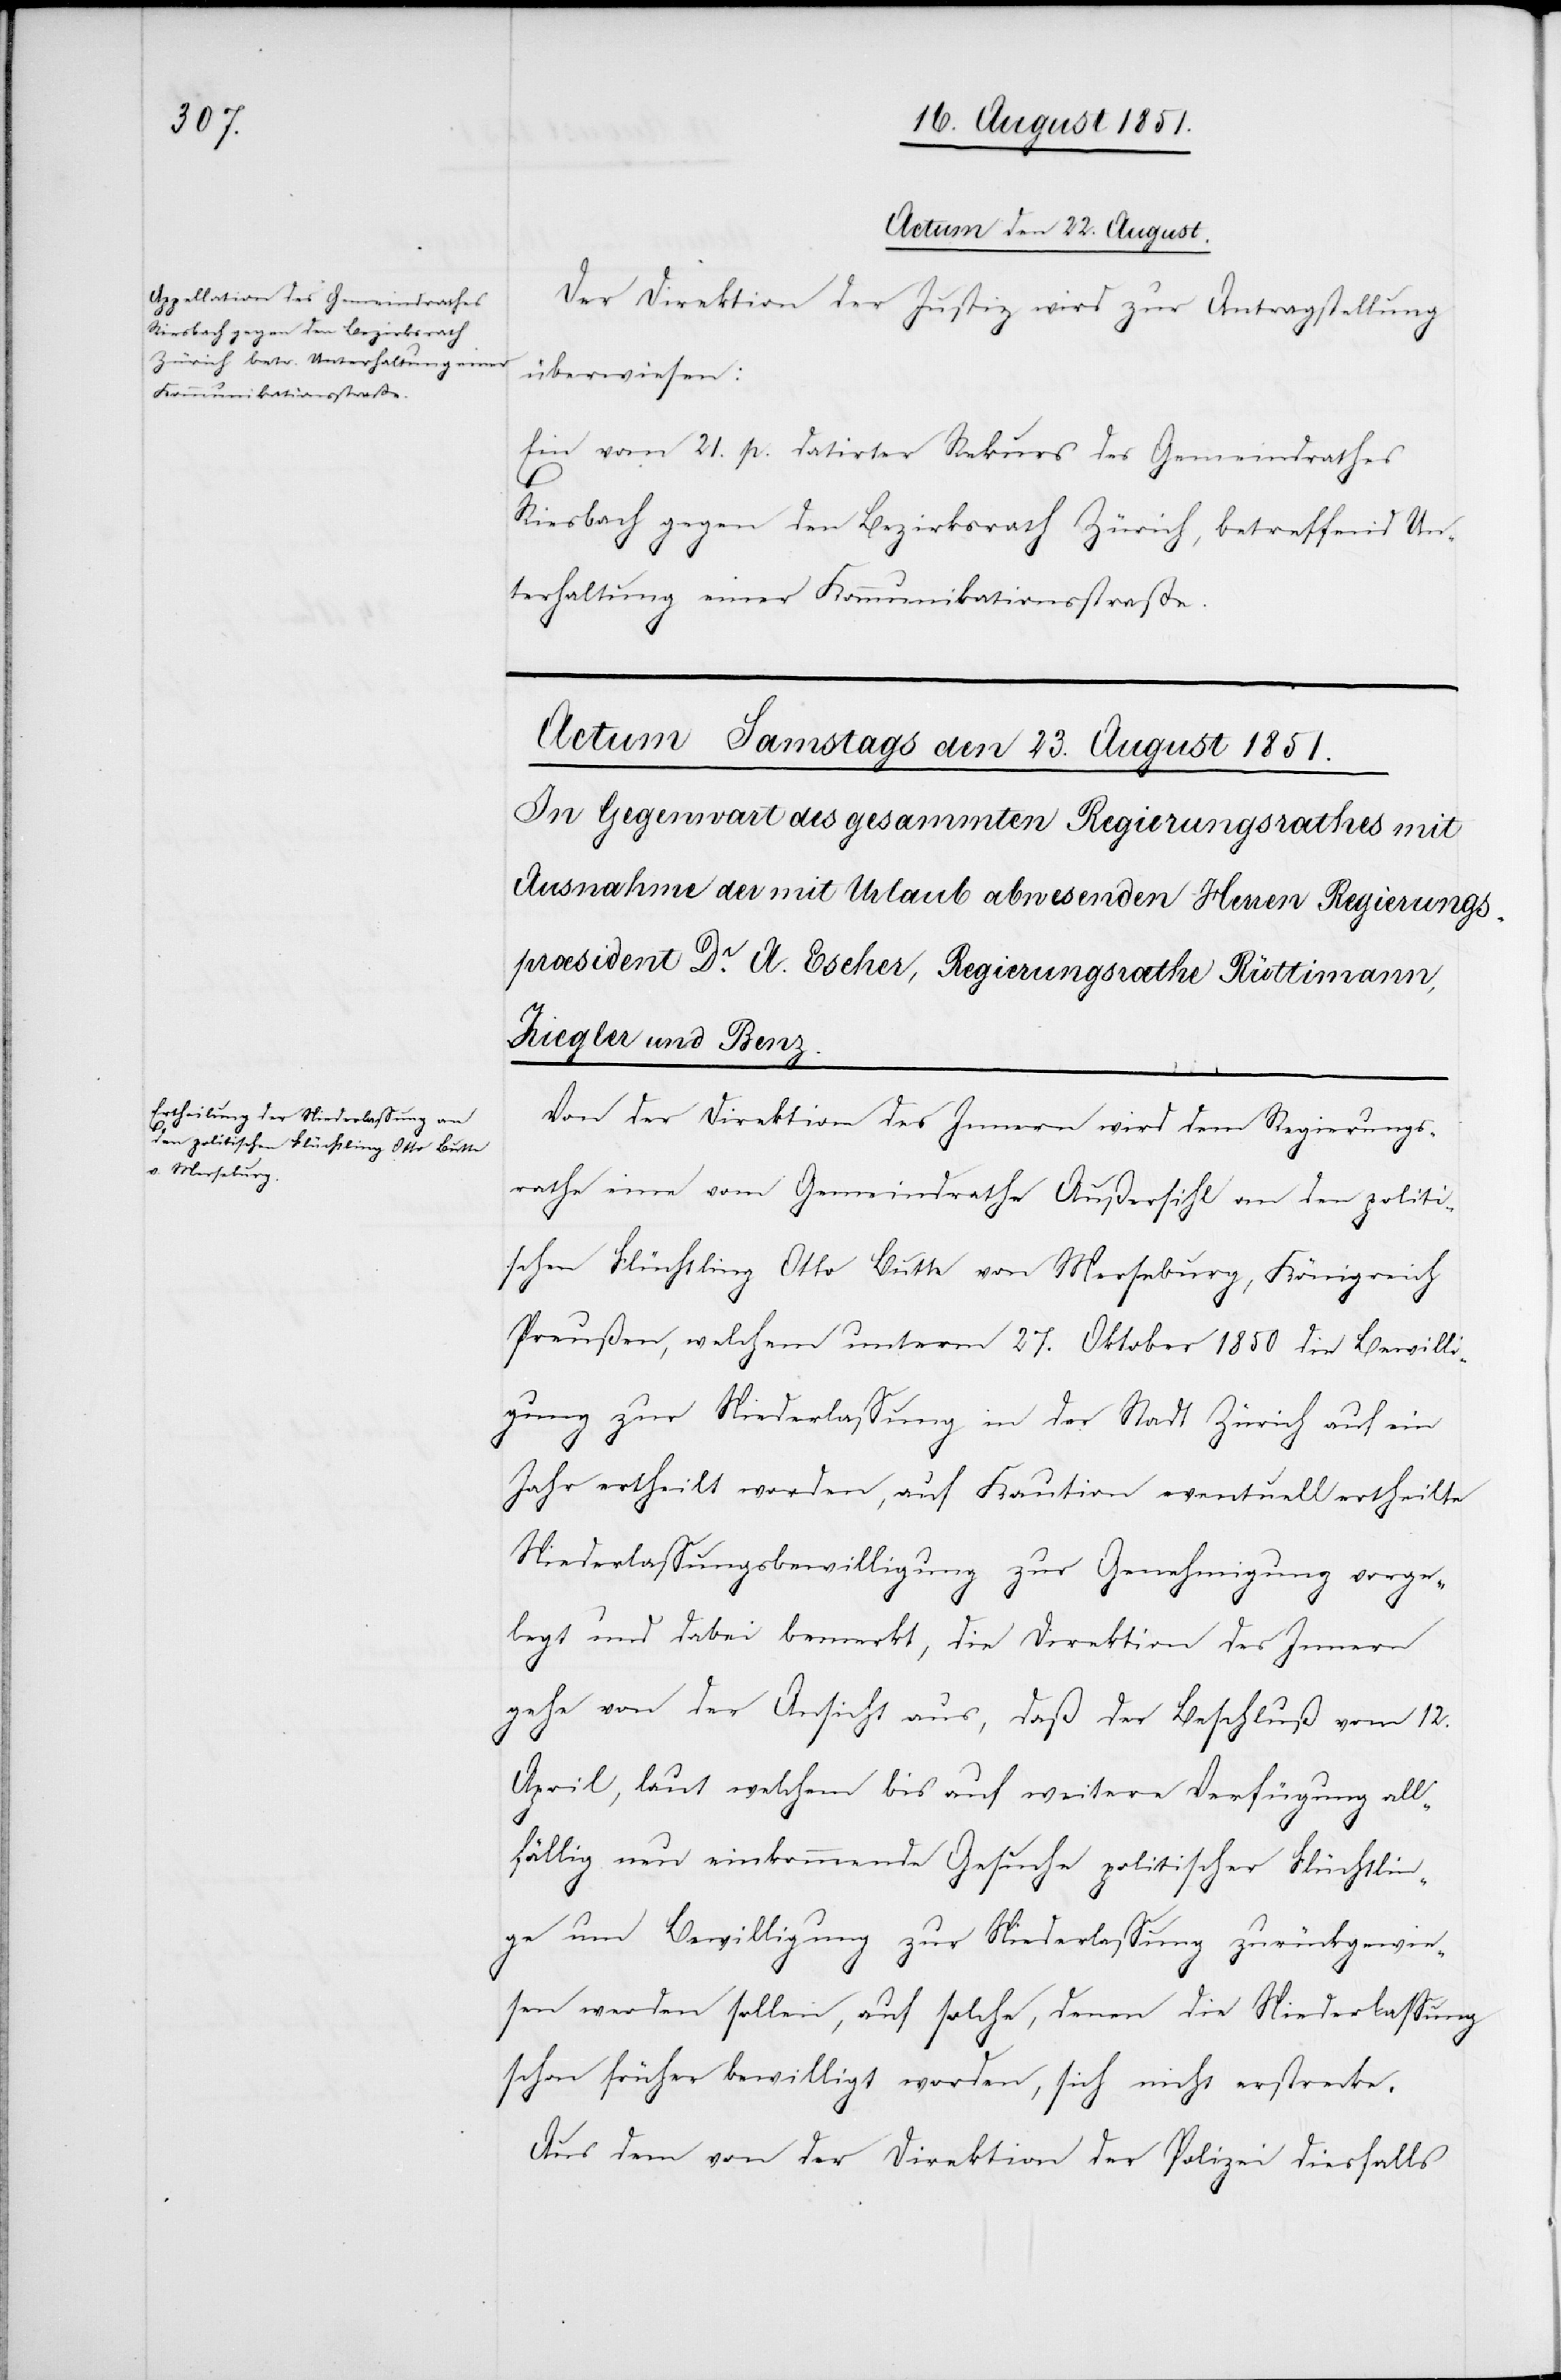
Actum den 22. August.
Der Direktion der Justiz wird zur Antragstellung
überwiesen:
Ein vom 21. p. datirter Rekurs des Gemeindrathes
Riesbach gegen den Bezirksrath Zürich, betreffend Un¬
terhaltung einer Kommunikationsstraße.
Von der Direktion des Innern wird dem Regierungs¬
rathe eine vom Gemeindrathe Außersihl an den politi¬
schen Flüchtling Otto Butte von Merseburg, Königreich
Preußen, welchem unterm 27. Oktober 1850 die Bewilli¬
gung zur Niederlassung in der Stadt Zürich auf ein
Jahr ertheilt worden, auf Kaution eventuell ertheilte
Niederlassungsbewilligung zur Genehmigung vorge¬
legt und dabei bemerkt, die Direktion des Innern
gehe von der Ansicht aus, daß der Beschluß vom 12.
April, laut welchem bis auf weitere Verfügung all¬
fällig neu einkommende Gesuche politischer Flüchtlin¬
ge um Bewilligung zur Niederlassung zurückgewie¬
sen werden sollen, auf solche, denen die Niederlassung
schon früher bewilligt worden, sich nicht erstrecke.
Aus dem von der Direktion der Polizei diesfalls